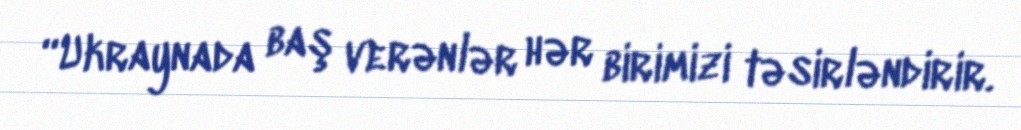
“Ukraynada baş verənlər hər birimizi təsirləndirir.